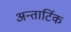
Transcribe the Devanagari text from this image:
अन्तार्टिक